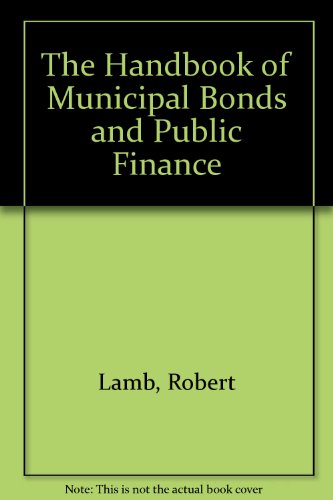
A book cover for The Handbook of Municipal Bonds and Public Finance; Robert Lamb; Business & Money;